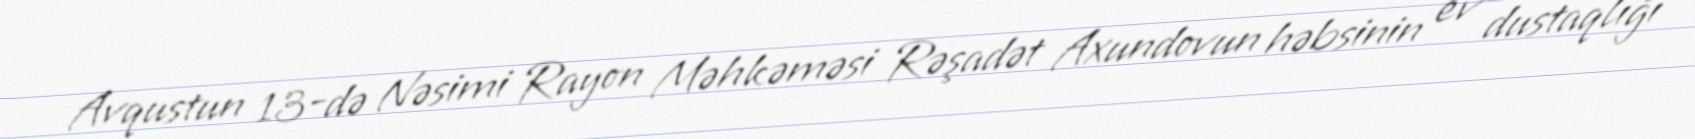
Avqustun 13-də Nəsimi Rayon Məhkəməsi Rəşadət Axundovun həbsinin ev dustaqlığı